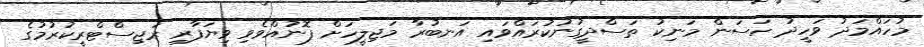
މުހައްމަދު ވަހީދު ހަސަން މަނިކު ތަސްދީގުނުކުރައްވައި އަނބުރާ މަޖިލީހަށް ފޮނުއްވެވި ވިޔަފާރި ރަޖިސްޓްރީކުރުމުގެ